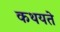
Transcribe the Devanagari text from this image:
कथयते